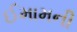
ઈમામની